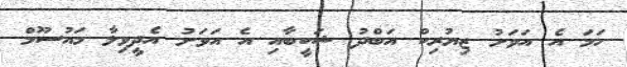
ހަމަ އެ އަވަށު ޒިޔުރިކް އަބްދު ޝަކީބާއި އެ އަވަށު އެދީވިލާ މައުސޫމް